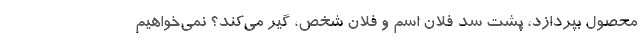
محصول بپردازد، پشت سدِ فلان اسم و فلان شخص، گیر می‌کند؟ نمی‌خواهیم